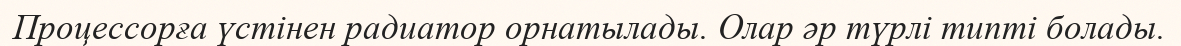
Процессорға үстінен радиатор орнатылады. Олар әр түрлі типті болады.